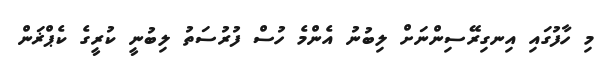
މި ހާފުގައި އިނގިރޭސިންނަށް ލިބުނު އެންމެ ހުސް ފުރުސަތު ލިބުނީ ކުރީގެ ކެޕްޜަން